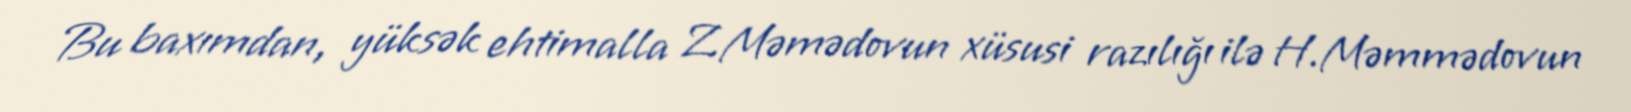
Bu baxımdan, yüksək ehtimalla Z.Məmədovun xüsusi razılığı ilə H.Məmmədovun